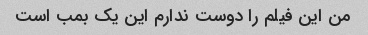
من این فیلم را دوست ندارم این یک بمب است